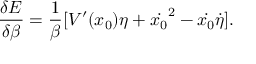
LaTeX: \frac { \delta E } { \delta \beta } = \frac { 1 } { \beta } [ V ^ { \prime } ( x _ { 0 } ) \eta + \dot { x _ { 0 } } ^ { 2 } - \dot { x _ { 0 } } \dot { \eta } ] .